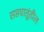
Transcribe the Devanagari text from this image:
सप्तधातूंतील